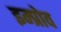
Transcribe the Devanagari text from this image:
इम्प्रोव